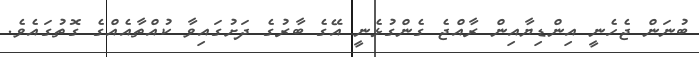
ބުނަން ޖެހެނީ އިންޑިޔާއިން ރާއްޖެ ގެންގުޅެނީ އޭގެ ބާރުގެ ދަށުގައިވާ ކުއްތާއެއްގެ ގޮތުގައެވެ.